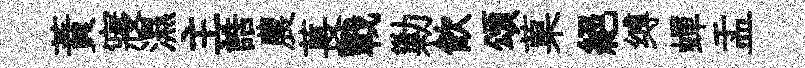
蕡寢濕主誥農萇戰勦飮頌菓絕缚蟬盂